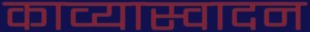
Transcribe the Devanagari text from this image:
काव्यास्वादन